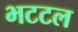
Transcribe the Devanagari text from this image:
भटटल